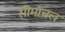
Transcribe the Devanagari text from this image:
सीमांचल